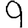
Digit: 9